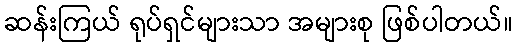
ဆန်းကြယ် ရုပ်ရှင်များသာ အများစု ဖြစ်ပါတယ်။